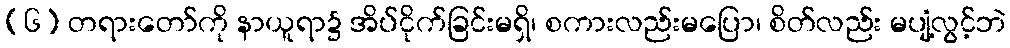
(၆) တရားတော်ကို နာယူရာ၌ အိပ်ငိုက်ခြင်းမရှိ၊ စကားလည်းမပြော၊ စိတ်လည်း မပျံ့လွင့်ဘဲ